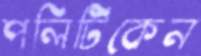
পলিটিকেন